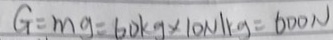
G = m g = 6 0 k g \times 1 0 N / k g = 6 0 0 N